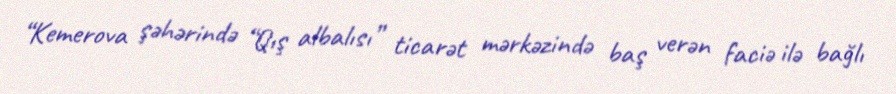
“Kemerova şəhərində “Qış albalısı” ticarət mərkəzində baş verən faciə ilə bağlı